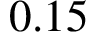
0 . 1 5